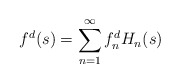
\begin{align*}f^d(s) = \sum_{n=1}^{\infty} f_n^d H_n(s)\end{align*}